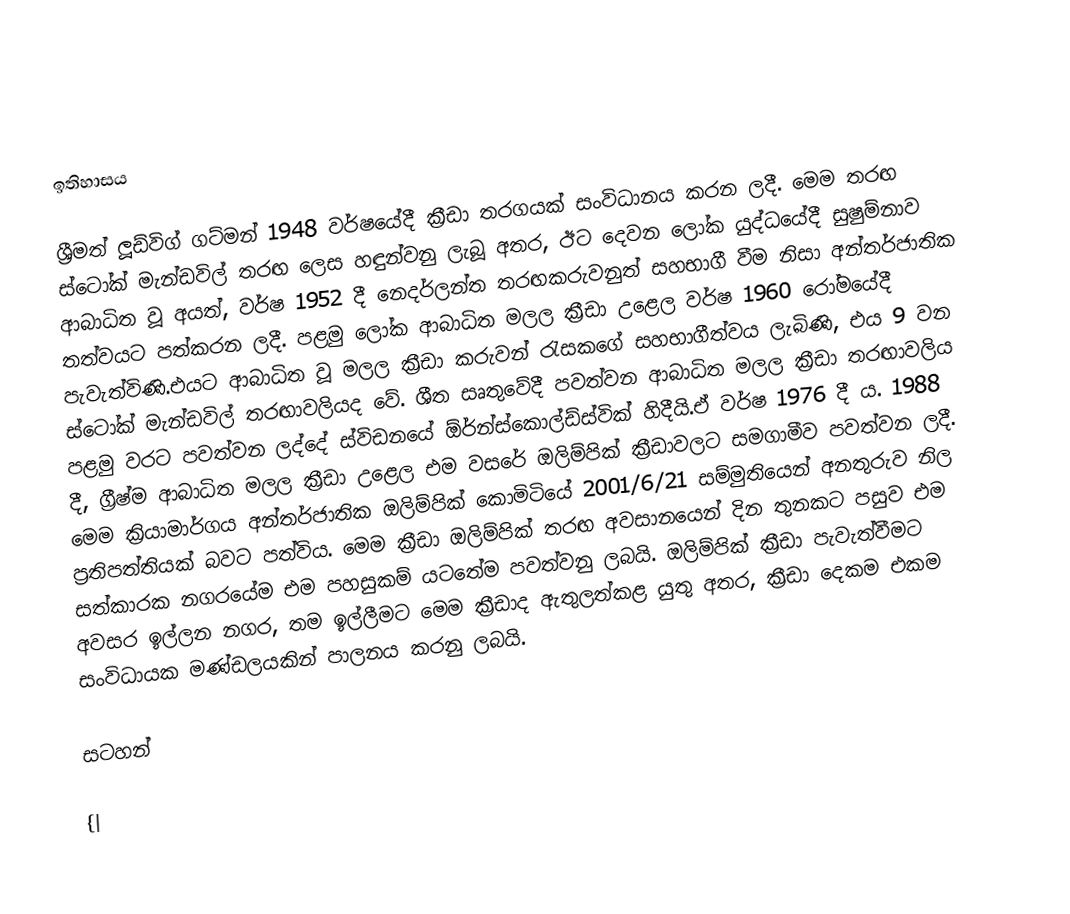

ඉතිහාසය

ශ්‍රීමත් ලූඩ්විග් ගට්මන් 1948 වර්ෂයේදී ක්‍රීඩා තරගයක් සංවිධානය කරන ලදී. මෙම තරඟ ස්ටෝක් මැන්ඩවිල් තරඟ ලෙස හඳුන්වනු ලැබූ අතර, ඊට දෙවන ලෝක යුද්ධයේදී සුෂුම්නාව ආබාධිත වූ අයත්, වර්ෂ 1952 දී නෙදර්ලන්ත තරඟකරුවනුත් සහභාගී වීම නිසා අන්තර්ජාතික තත්වයට පත්කරන ලදී. පළමු ලෝක ආබාධිත මලල ක්‍රීඩා උළෙල වර්ෂ 1960  රෝමයේදී පැවැත්විණි.එයට ආබාධිත වූ මලල ක්‍රීඩා කරුවන් රැසකගේ සහභාගීත්වය ලැබිණි, එය 9 වන ස්ටෝක් මැන්ඩවිල් තරඟාවලියද වේ. ශීත සෘතුවේදී පවත්වන ආබාධිත මලල ක්‍රීඩා තරඟාවලිය පළමු වරට පවත්වන ලද්දේ ස්විඩනයේ ඕර්න්ස්කොල්ඩ්ස්වික් හිදීයි.ඒ වර්ෂ 1976 දී ය. 1988 දී, ග්‍රීෂ්ම ආබාධිත මලල ක්‍රීඩා උළෙල එම වසරේ ඔලිම්පික් ක්‍රීඩාවලට සමගාමීව පවත්වන ලදී. මෙම ක්‍රියාමාර්ගය අන්තර්ජාතික ඔලිම්පික් කොමිටියේ 2001/6/21 සම්මුතියෙන් අනතුරුව නිල ප්‍රතිපත්තියක් බවට පත්විය. මෙම ක්‍රීඩා ඔලිම්පික් තරඟ අවසානයෙන් දින තුනකට පසුව එම සත්කාරක නගරයේම එම පහසුකම් යටතේම පවත්වනු ලබයි‍. ඔලිම්පික් ක්‍රීඩා පැවැත්වීමට අවසර ඉල්ලන නගර, තම ඉල්ලීමට මෙම ක්‍රීඩාද ඇතුලත්කළ යුතු අතර, ක්‍රීඩා දෙකම එකම සංවිධායක මණ්ඩලයකින් පාලනය කරනු ලබයි.

සටහන්

{|